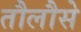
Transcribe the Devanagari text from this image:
तौलौसे